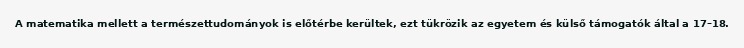
A matematika mellett a természettudományok is előtérbe kerültek, ezt tükrözik az egyetem és külső támogatók által a 17–18.